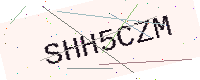
Text: SHH5CZM